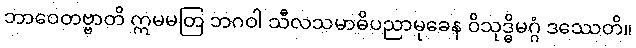
ဘာဝေတဗ္ဗာတိ ဣမမတြ ဘဂဝါ သီလသမာဓိပညာမုခေန ဝိသုဒ္ဓိမဂ္ဂံ ဒဿေတိ။